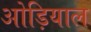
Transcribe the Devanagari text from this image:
ओड़ियाल